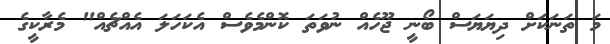
މަ ތަނަކަށް ދިޔަޔަސް ބޯނީ ޖޫހެއް ނުވަތަ ކޮންމެވެސް އެކަހަލަ އެއްޗެއް" މެރާކީގެ